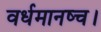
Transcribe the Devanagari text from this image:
वर्धमानष्च।